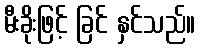
မီးခိုးဖြင့် ခြင် နှင်သည်။